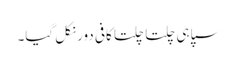
سپاہی چلتا چلتا کافی دور نکل گیا۔